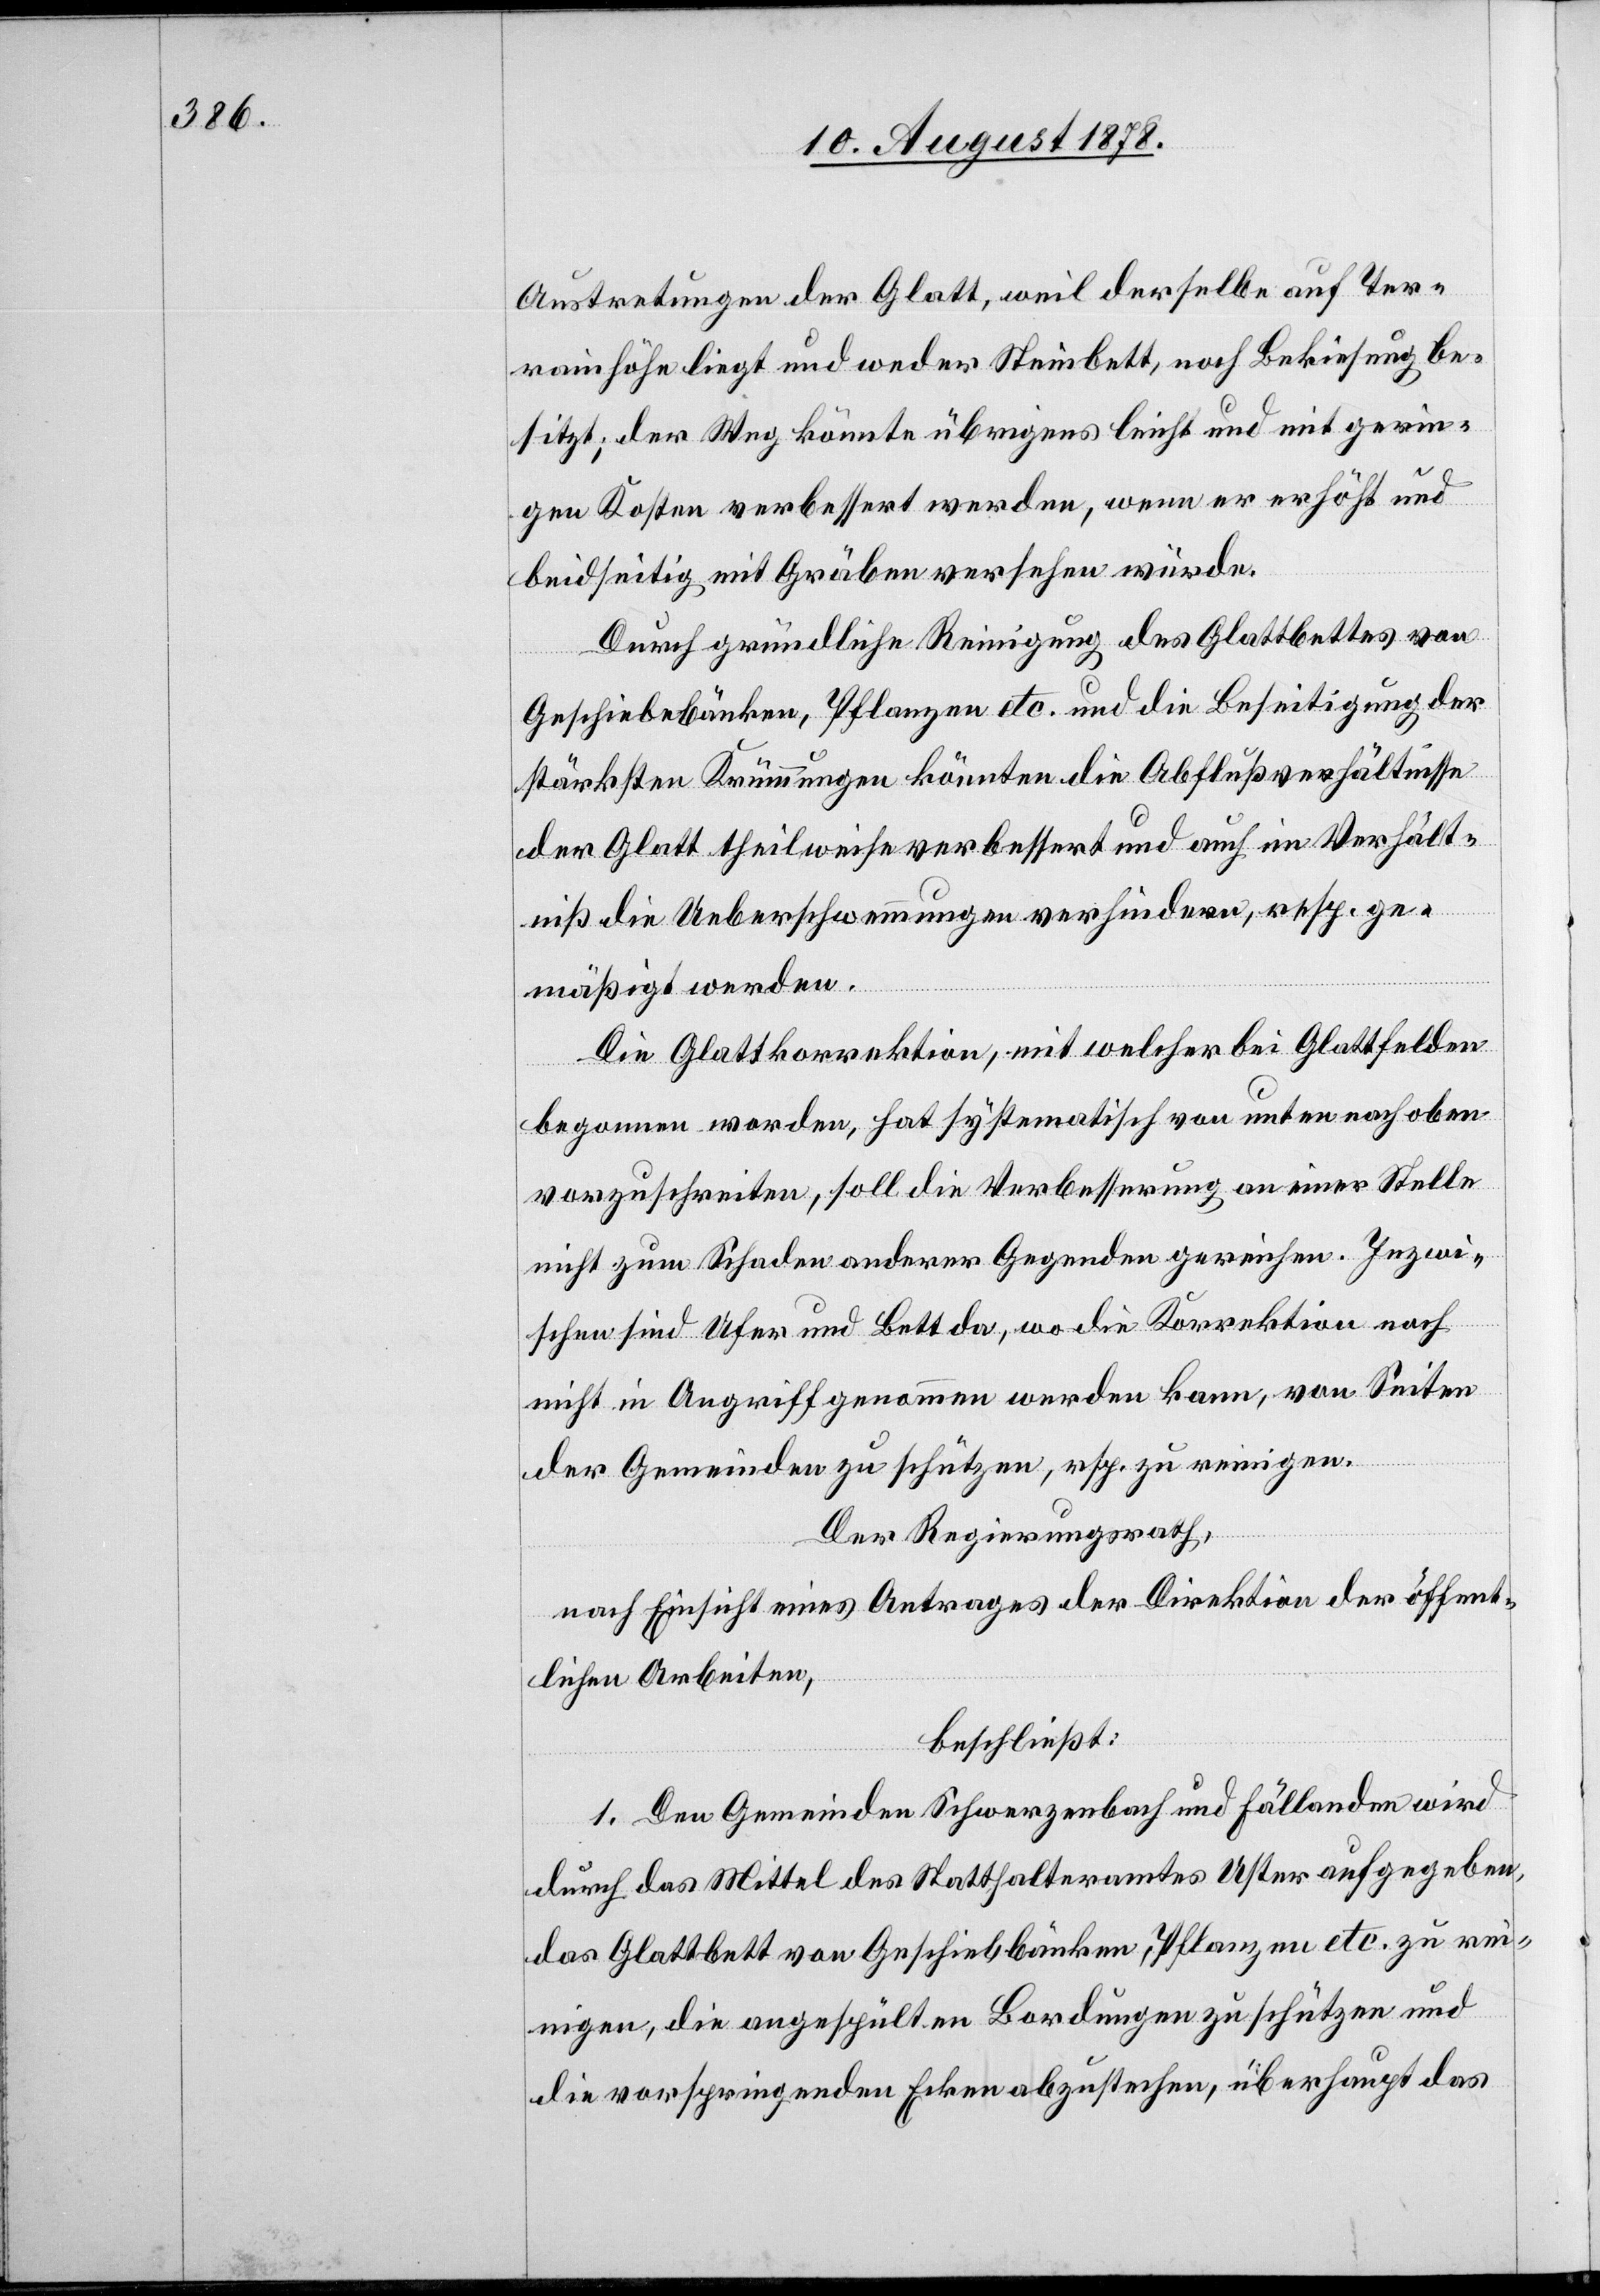
Austretungen der Glatt ,weil derselbe auf Ter¬
rainhöhe liegt und weder Steinbett, noch Bekiesung be¬
sitzt; der Weg könnte übrigens leicht und mit gerin¬
gen Kosten verbessert werden, wenn er erhöht und
beidseitig mit Gräben versehen würde.
Durch gründliche Reinigung des Glattbettes von
Geschiebebänken, Pflanzen etc. und die Beseitigung der
stärksten Krümmungen könnten die Abflußverhältnisse
der Glatt theilweise verbessert und auch im Verhält¬
niß die Ueberschwemmungen verhindern, resp. ge¬
mäßigt werden.
Die Glattkorrektion, mit welcher bei Glattfelden
begonnen worden, hat systematisch von unten nach oben
vorzuschreiten, soll die Verbesserung an einer Stelle
nicht zum Schaden anderer Gegenden gereichen. Inzwi¬
schen sind Ufer und Bett da, wo die Korrektion noch
nicht in Angriff genommen werden kann, von Seiten
der Gemeinden zu schützen, rsp. zu reinigen.
Der Regierungsrath,
nach Einsicht eines Antrages der Direktion der öffent¬
lichen Arbeiten,
beschließt:
1. Den Gemeinden Schwerzenbach und Fällanden wird
durch das Mittel des Statthalteramtes Uster aufgegeben,
das Glattbett von Geschiebbänken, Pflanzen etc. zu re¬
inigen, die angespülten Bordungen zu schützen und
die vorspringenden Ecken abzustechen, überhaupt das